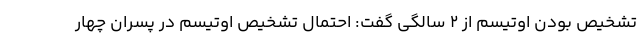
تشخیص بودن اوتیسم از ۲ سالگی گفت: احتمال تشخیص اوتیسم در پسران چهار